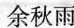
余秋雨